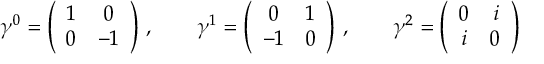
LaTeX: \gamma ^ { 0 } = \left( \begin{array} { c c } { { 1 } } & { { 0 } } \\ { { 0 } } & { { - 1 } } \end{array} \right) \, , \qquad \gamma ^ { 1 } = \left( \begin{array} { c c } { { 0 } } & { { 1 } } \\ { { - 1 } } & { { 0 } } \end{array} \right) \, , \qquad \gamma ^ { 2 } = \left( \begin{array} { c c } { { 0 } } & { { i } } \\ { { i } } & { { 0 } } \end{array} \right)